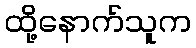
ထို့နောက်သူက